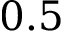
0 . 5